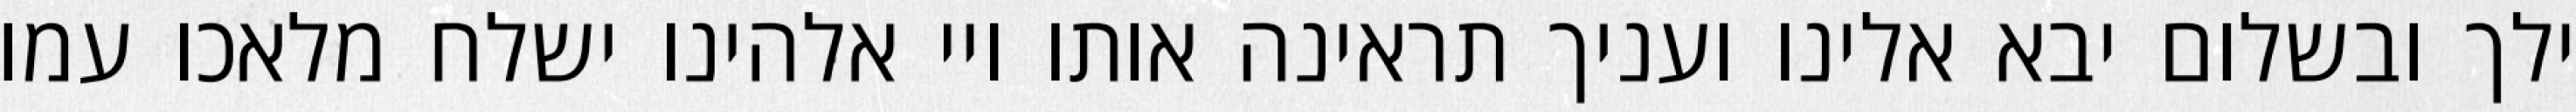
ילך ובשלום יבא אלינו ועניך תראינה אותו ויי אלהינו ישלח מלאכו עמו